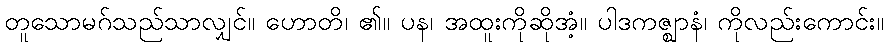
တူသောမဂ်သည်သာလျှင်။ ဟောတိ၊ ၏။ ပန၊ အထူးကိုဆိုအံ့။ ပါဒကဇ္ဈာနံ၊ ကိုလည်းကောင်း။